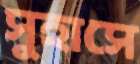
সুহাসে